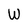
Character: W